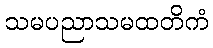
သမပညာသမထတိကံ